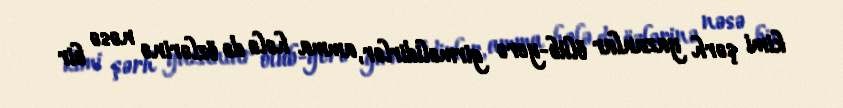
kimi şərh yazanlar ölüb-yerə girməlidirlər, amma hələ də özlərinə nəsə bir